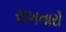
રાખનારો